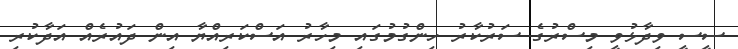
ސީސީ ވިދާޅުވީ މިސްރުގެ ސަރުކާރު ހިންގުމުގައި މިހާރު އަސްކަރިއްޔާ އިން ދައުރެއް އަދާކުރި